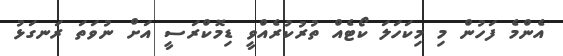
އެންމެ ފަހުން މި މިކަހަލަ ކޯޓެއް ތުރުކުރެއްވީ ޑިމޮކްރަސީ އަށް ނުވަތަ ރަނގަޅު